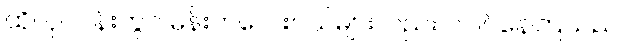
ထိုလုပ်ငန်းတွင် မိန်းကလေးငယ်များလည်း ပါဝင်နေကြသည်။